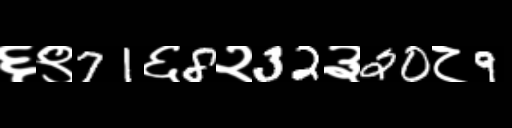
Text: ६९71६8२32३20८9